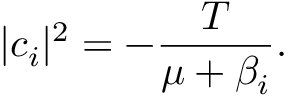
| c _ { i } | ^ { 2 } = - \frac { T } { \mu + \beta _ { i } } .